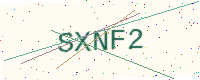
Text: SXNF2